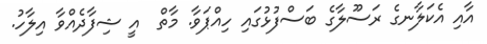
އާއި އެކަލާނގެ ރަސޫލާގެ ބަސްފުޅުގައި ހިއްޕަވާ. މާތް  އީ ޝިފާދެއްވާ އިލާހު.